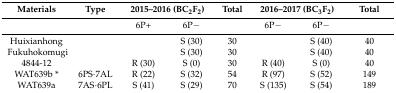
| Materials | Type | <COLSPAN=2> 2015–2016 (BC2F2) | Total | <COLSPAN=2> 2016–2017 (BC3F2) | Total |
 | --- | --- | --- | --- | --- | --- | --- | --- |
 |  |  | 6P+ | 6P− |  | 6P− | 6P− |  |
 | Huixianhong |  |  | S (30) | 30 |  | S (40) | 40 |
 | Fukuhokomugi |  |  | S (30) | 30 |  | S (40) | 40 |
 | 4844-12 |  | R (30) | S (0) | 30 | R (40) | S (0) | 40 |
 | WAT639b * | 6PS·7AL | R (22) | S (32) | 54 | R (97) | S (52) | 149 |
 | WAT639a | 7AS·6PL | S (41) | S (29) | 70 | S (135) | S (54) | 189 |